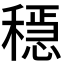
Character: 𥡷